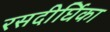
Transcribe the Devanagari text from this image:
रसदीर्घिका